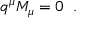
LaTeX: q ^ { \mu } { \cal M } _ { \mu } = 0 \; \; .